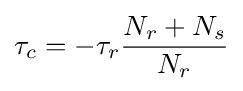
\tau _{c}=-\tau _{r}{\frac {N_{r}+N_{s}}{N_{r}}}